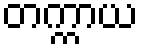
တက္ကာယ